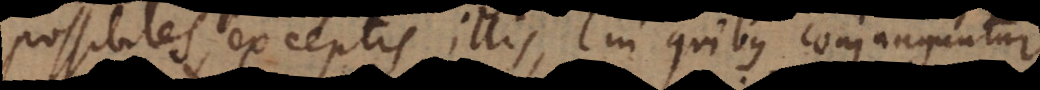
possibiles exceptis illis, in quibus conjunguntur